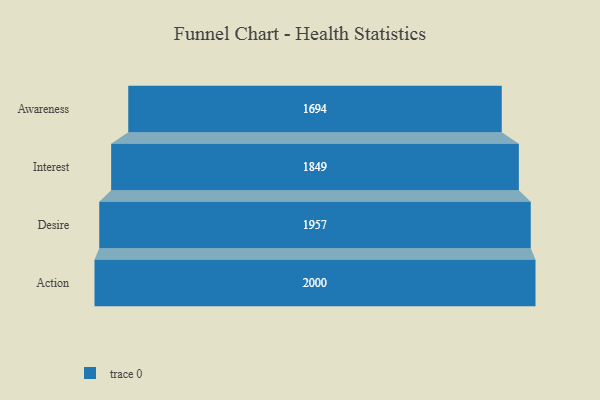
{"axis": {"x": "Stage", "y": "Value"}, "legend": [""], "data": [{"x": "Awareness", "y": 1694.0, "type": ""}, {"x": "Interest", "y": 1849.0, "type": ""}, {"x": "Desire", "y": 1957.0, "type": ""}, {"x": "Action", "y": 2000, "type": ""}]}